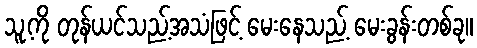
သူ့ကို တုန်ယင်သည့်အသံဖြင့် မေးနေသည့် မေးခွန်းတစ်ခု။